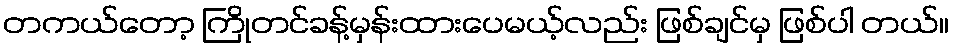
တကယ်တော့ ကြိုတင်ခန့်မှန်းထားပေမယ့်လည်း ဖြစ်ချင်မှ ဖြစ်ပါ တယ်။